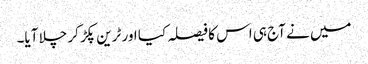
میں نے آج ہی اس کا فیصلہ کیا اور ٹرین پکڑ کر چلا آیا۔